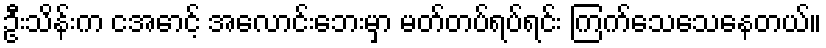
ဦးသိန်းက ငအောင့် အလောင်းဘေးမှာ မတ်တပ်ရပ်ရင်း ကြက်သေသေနေတယ်။